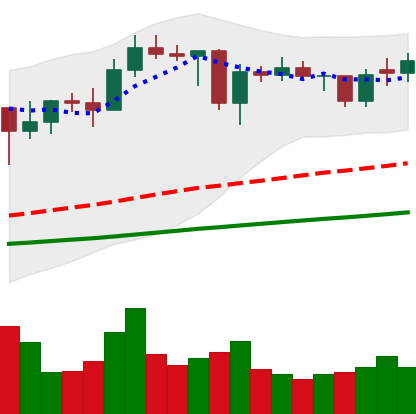
Ticker: ADA-USD
Chart end date: 2021-01-30
Forward return: 21.629%
Label: up_7plus